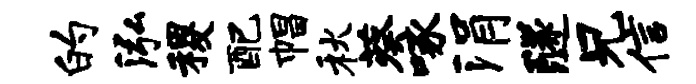
的泓稷配帽秋葵啄涓隧兄信